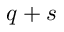
q + s